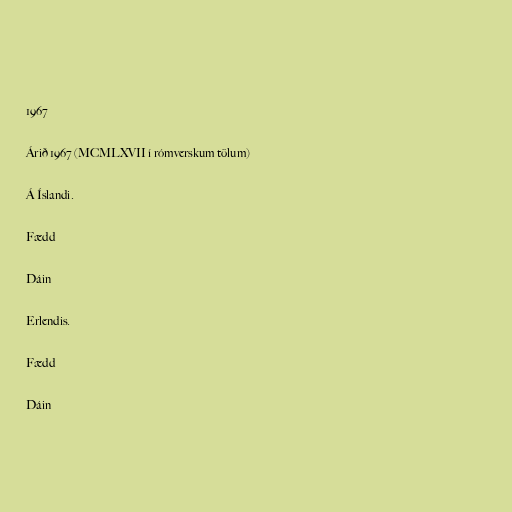
1967

Árið 1967 (MCMLXVII í rómverskum tölum)

Á Íslandi.

Fædd

Dáin

Erlendis.

Fædd

Dáin